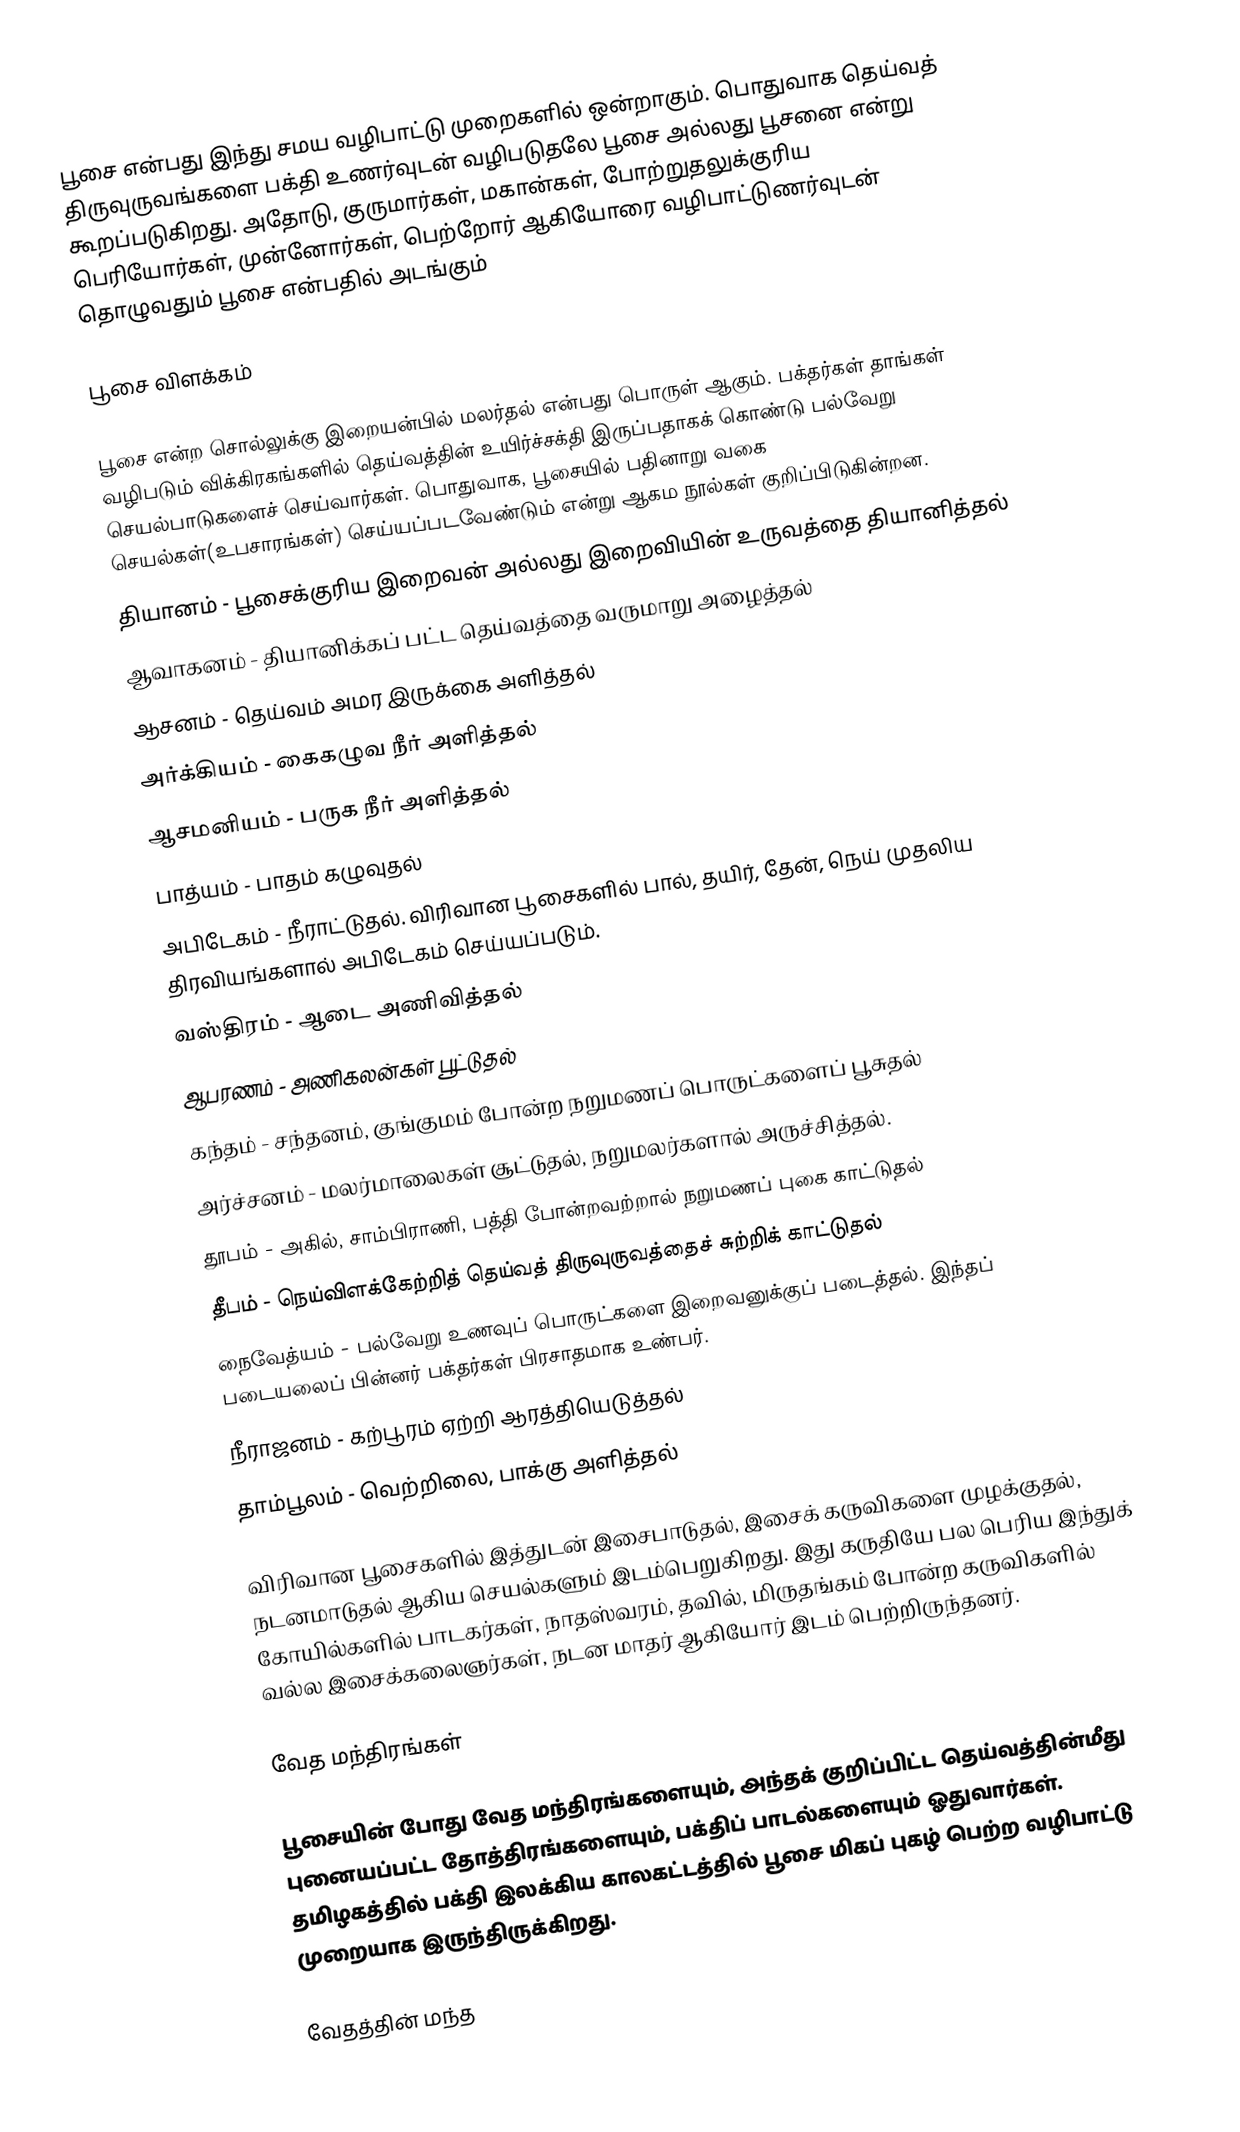
பூசை என்பது இந்து சமய வழிபாட்டு முறைகளில் ஒன்றாகும். பொதுவாக தெய்வத் திருவுருவங்களை பக்தி உணர்வுடன் வழிபடுதலே பூசை அல்லது பூசனை என்று கூறப்படுகிறது. அதோடு, குருமார்கள், மகான்கள், போற்றுதலுக்குரிய பெரியோர்கள், முன்னோர்கள், பெற்றோர் ஆகியோரை வழிபாட்டுணர்வுடன் தொழுவதும் பூசை என்பதில் அடங்கும்

பூசை விளக்கம்

பூசை என்ற சொல்லுக்கு இறையன்பில் மலர்தல் என்பது பொருள் ஆகும். பக்தர்கள் தாங்கள் வழிபடும் விக்கிரகங்களில் தெய்வத்தின் உயிர்ச்சக்தி இருப்பதாகக் கொண்டு பல்வேறு செயல்பாடுகளைச் செய்வார்கள். பொதுவாக, பூசையில் பதினாறு வகை செயல்கள்(உபசாரங்கள்) செய்யப்படவேண்டும் என்று ஆகம நூல்கள் குறிப்பிடுகின்றன.
தியானம் - பூசைக்குரிய இறைவன் அல்லது இறைவியின் உருவத்தை தியானித்தல்
ஆவாகனம் - தியானிக்கப் பட்ட தெய்வத்தை வருமாறு அழைத்தல்
ஆசனம் - தெய்வம் அமர இருக்கை அளித்தல்
அர்க்கியம் -  கைகழுவ நீர் அளித்தல்
ஆசமனியம் - பருக நீர் அளித்தல்
பாத்யம் - பாதம் கழுவுதல்
அபிடேகம் - நீராட்டுதல். விரிவான பூசைகளில் பால், தயிர், தேன், நெய் முதலிய திரவியங்களால் அபிடேகம் செய்யப்படும்.
வஸ்திரம் - ஆடை அணிவித்தல்
ஆபரணம் - அணிகலன்கள் பூட்டுதல்
கந்தம் - சந்தனம், குங்குமம் போன்ற நறுமணப் பொருட்களைப் பூசுதல்
அர்ச்சனம் - மலர்மாலைகள் சூட்டுதல், நறுமலர்களால் அருச்சித்தல்.
தூபம் - அகில், சாம்பிராணி, பத்தி போன்றவற்றால் நறுமணப் புகை காட்டுதல்
தீபம் - நெய்விளக்கேற்றித் தெய்வத் திருவுருவத்தைச் சுற்றிக் காட்டுதல்
நைவேத்யம் - பல்வேறு உணவுப் பொருட்களை இறைவனுக்குப் படைத்தல். இந்தப் படையலைப் பின்னர் பக்தர்கள் பிரசாதமாக உண்பர்.
நீராஜனம் - கற்பூரம் ஏற்றி ஆரத்தியெடுத்தல்
தாம்பூலம் - வெற்றிலை, பாக்கு அளித்தல்

விரிவான பூசைகளில் இத்துடன் இசைபாடுதல், இசைக் கருவிகளை முழக்குதல்,  நடனமாடுதல் ஆகிய செயல்களும் இடம்பெறுகிறது. இது கருதியே பல பெரிய இந்துக் கோயில்களில் பாடகர்கள், நாதஸ்வரம், தவில், மிருதங்கம் போன்ற கருவிகளில் வல்ல இசைக்கலைஞர்கள், நடன மாதர் ஆகியோர் இடம் பெற்றிருந்தனர்.

வேத மந்திரங்கள்

பூசையின் போது வேத மந்திரங்களையும், அந்தக் குறிப்பிட்ட தெய்வத்தின்மீது புனையப்பட்ட தோத்திரங்களையும், பக்திப் பாடல்களையும்  ஓதுவார்கள்.  தமிழகத்தில் பக்தி இலக்கிய காலகட்டத்தில் பூசை மிகப் புகழ் பெற்ற வழிபாட்டு முறையாக இருந்திருக்கிறது.

வேதத்தின் மந்த